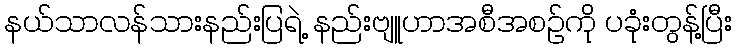
နယ်သာလန်သားနည်းပြရဲ့ နည်းဗျူဟာအစီအစဉ်ကို ပခုံးတွန့်ပြီး